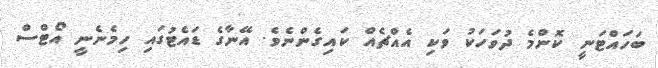
ބަހައްޓަނީ ކޮންމެ ދުވަހަކު ވަކި އެއްޗެއް ކައިގެންނެވެ. އޭނާގެ ޑައެޓުގައި ހިމެނެނީ އޯޓްސް